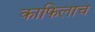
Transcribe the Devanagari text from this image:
काफिलाच